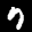
Label: 7